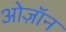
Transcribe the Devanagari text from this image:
ओज़ॉन